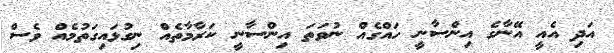
އަދި އެއީ އޭނާގެ އިންސާނީ ހައްގެއް ނުވަތަ އިންސާނީ ކަރާމާތެއް ނިގުޅައިގަތުމެއް ވެސް